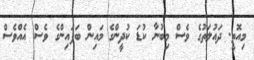
މިއޮތީ. ދައުލަތުގެ ވެސް މިބުނާ ކުޑަ ކުދީންގެ މައިން ބަފައިންގެ ވެސް އެއްވެސް